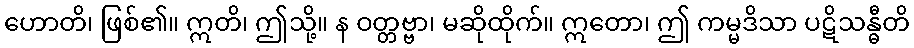
ဟောတိ၊ ဖြစ်၏။ ဣတိ၊ ဤသို့။ န ဝတ္တဗ္ဗာ၊ မဆိုထိုက်။ ဣတော၊ ဤ ကမ္မဒိသာ ပဋိသန္ဓီတိ